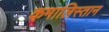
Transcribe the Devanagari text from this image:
कमालिस्तान